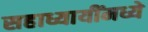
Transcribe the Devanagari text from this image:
सहाध्यायींमध्ये